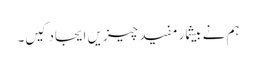
ہم نے بیشمار مفید چیزیں ایجاد کیں۔